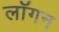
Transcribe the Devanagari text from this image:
लॉगन